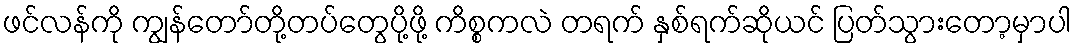
ဖင်လန်ကို ကျွန်တော်တို့တပ်တွေပို့ဖို့ ကိစ္စကလဲ တရက် နှစ်ရက်ဆိုယင် ပြတ်သွားတော့မှာပါ